Report of the Indian Hemp Drugs Commission, 1894-1895 - Volume I
Year: 1894
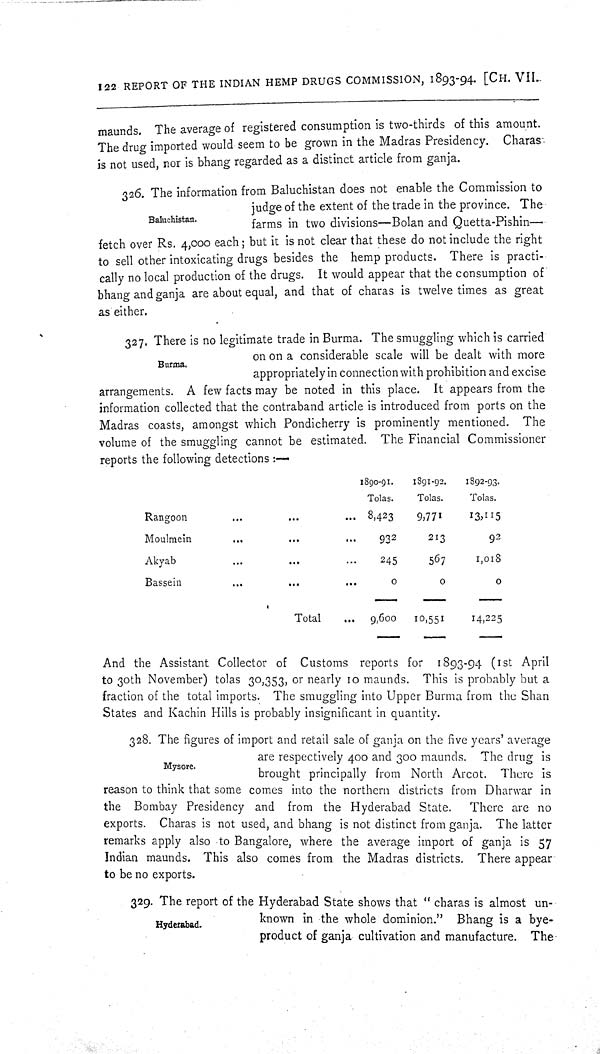
122 REPORT OF THE INDIAN HEMP DRUGS COMMISSION, 1893-94. [CH. VII.
maunds. The average of registered consumption is two-thirds of this amount.
The drug imported would seem to be grown in the Madras Presidency. Charas
is not used, nor is bhang regarded as a distinct article from ganja.
Baluchistan.
326. The information from Baluchistan does not enable the Commission to
judge of the extent of the trade in the province. The
farms in two divisions—Bolan and Quetta-Pishin—
fetch over Rs. 4,000 each; but it is not clear that these do not include the right
to sell other intoxicating drugs besides the hemp products. There is practi-
cally no local production of the drugs. It would appear that the consumption of
bhang and ganja are about equal, and that of charas is twelve times as great
as either.
Burma.
327. There is no legitimate trade in Burma. The smuggling which is carried
on on a considerable scale will be dealt with more
appropriately in connection with prohibition and excise
arrangements. A few facts may be noted in this place. It appears from the
information collected that the contraband article is introduced from ports on the
Madras coasts, amongst which Pondicherry is prominently mentioned. The
volume of the smuggling cannot be estimated. The Financial Commissioner
reports the following detections:—
1890-91.
1891-92.
1892-93.
Tolas.
Tolas.
Tolas.
Rangoon
8,423
9,771
13,115
Moulmein
932
213
92
Akyab
245
567
1,018
Bassein
0
0
0
Total
9,600
10,551
14,225
And the Assistant Collector of Customs reports for 1893-94 (1st April
to 30th November) tolas 30,353, or nearly 10 maunds. This is probably but a
fraction of the total imports. The smuggling into Upper Burma from the Shan
States and Kachin Hills is probably insignificant in quantity.
Mysore.
328. The figures of import and retail sale of ganja on the five years' average
are respectively 400 and 300 maunds. The drug is
brought principally from North Arcot. There is
reason to think that some comes into the northern districts from Dharwar in
the Bombay Presidency and from the Hyderabad State. There are no
exports. Charas is not used, and bhang is not distinct from ganja. The latter
remarks apply also to Bangalore, where the average import of ganja is 57
Indian maunds. This also comes from the Madras districts. There appear
to be no exports.
Hyderabad.
329. The report of the Hyderabad State shows that "charas is almost un-
known in the whole dominion." Bhang is a bye-
product of ganja cultivation and manufacture. The